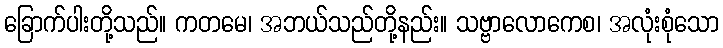
ခြောက်ပါးတို့သည်။ ကတမေ၊ အဘယ်သည်တို့နည်း။ သဗ္ဗာလောကေစ၊ အလုံးစုံသော